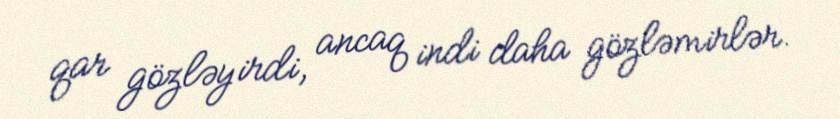
qar gözləyirdi, ancaq indi daha gözləmirlər.